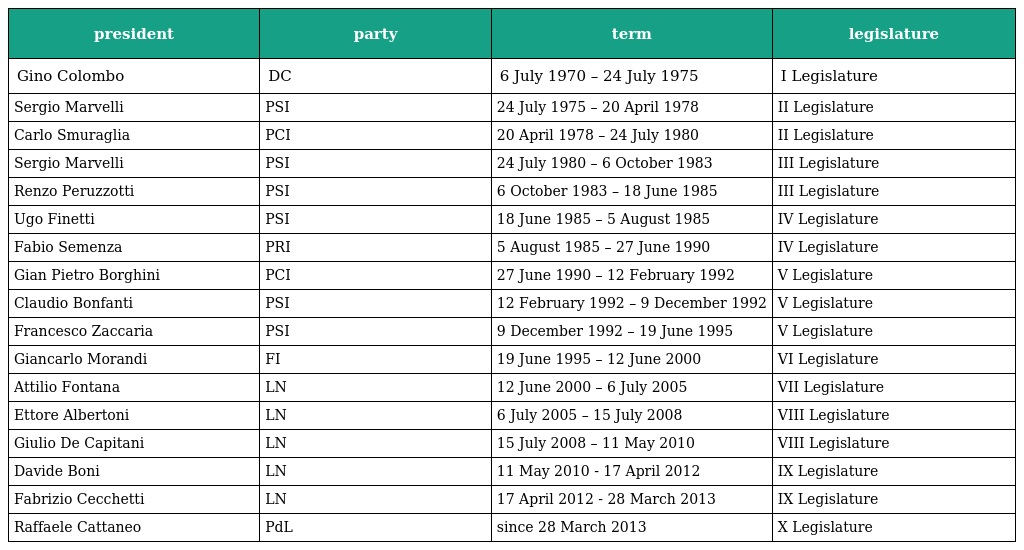
| president | party | term | legislature |
 | --- | --- | --- | --- |
 | Gino Colombo | DC | 6 July 1970 – 24 July 1975 | I Legislature |
 | Sergio Marvelli | PSI | 24 July 1975 – 20 April 1978 | II Legislature |
 | Carlo Smuraglia | PCI | 20 April 1978 – 24 July 1980 | II Legislature |
 | Sergio Marvelli | PSI | 24 July 1980 – 6 October 1983 | III Legislature |
 | Renzo Peruzzotti | PSI | 6 October 1983 – 18 June 1985 | III Legislature |
 | Ugo Finetti | PSI | 18 June 1985 – 5 August 1985 | IV Legislature |
 | Fabio Semenza | PRI | 5 August 1985 – 27 June 1990 | IV Legislature |
 | Gian Pietro Borghini | PCI | 27 June 1990 – 12 February 1992 | V Legislature |
 | Claudio Bonfanti | PSI | 12 February 1992 – 9 December 1992 | V Legislature |
 | Francesco Zaccaria | PSI | 9 December 1992 – 19 June 1995 | V Legislature |
 | Giancarlo Morandi | FI | 19 June 1995 – 12 June 2000 | VI Legislature |
 | Attilio Fontana | LN | 12 June 2000 – 6 July 2005 | VII Legislature |
 | Ettore Albertoni | LN | 6 July 2005 – 15 July 2008 | VIII Legislature |
 | Giulio De Capitani | LN | 15 July 2008 – 11 May 2010 | VIII Legislature |
 | Davide Boni | LN | 11 May 2010 - 17 April 2012 | IX Legislature |
 | Fabrizio Cecchetti | LN | 17 April 2012 - 28 March 2013 | IX Legislature |
 | Raffaele Cattaneo | PdL | since 28 March 2013 | X Legislature |